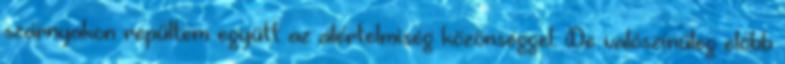
szárnyakon repültem együtt az álértelmiség közönséggel. De valószínűleg előbb